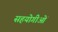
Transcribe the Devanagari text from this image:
सहयोगीओं